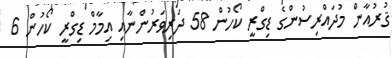
ޤުރުއާން މުދައްރިސުންގެ ޑިގްރީ ކޯހުން 58 ދަރިވަރުންނާއި އިމާމް ޑިގްރީ ކޯހުން 6